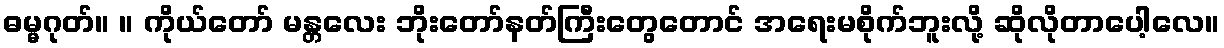
ဓမ္မဂုတ်။ ။ ကိုယ်တော် မန္တလေး ဘိုးတော်နတ်ကြီးတွေတောင် အရေးမစိုက်ဘူးလို့ ဆိုလိုတာပေါ့လေ။